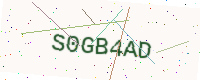
Text: S0GB4AD